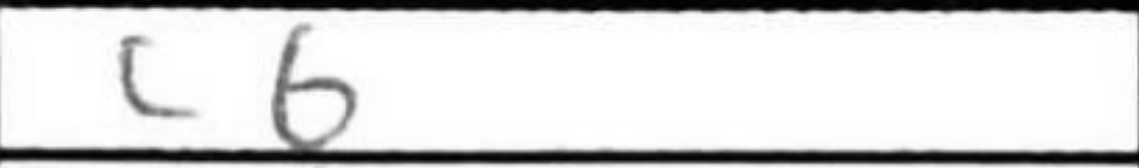
Transcription: c6